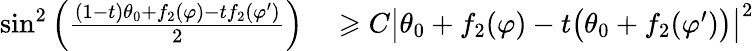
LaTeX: \begin{array}{rl}{\sin^{2}\left(\frac{(1-t)\theta_{0}+f_{2}(\varphi)-tf_{2}(\varphi^{\prime})}{2}\right)}&{{}\geqslant C\big|\theta_{0}+f_{2}(\varphi)-t\big(\theta_{0}+f_{2}(\varphi^{\prime})\big)\big|^{2}}\end{array}